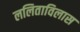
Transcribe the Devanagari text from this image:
ललिताविलास